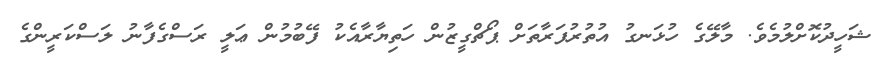
ޝަހީދުކޮށްލުމެވެ. މާލޭގެ ހުޅަނގު އުތުރުފަރާތަށް ޕޯޗްގީޒުން ހަތިޔާރާއެކު ފޭބުމުން ޢަލީ ރަސްގެފާނު ލަސްކަރީންގެ